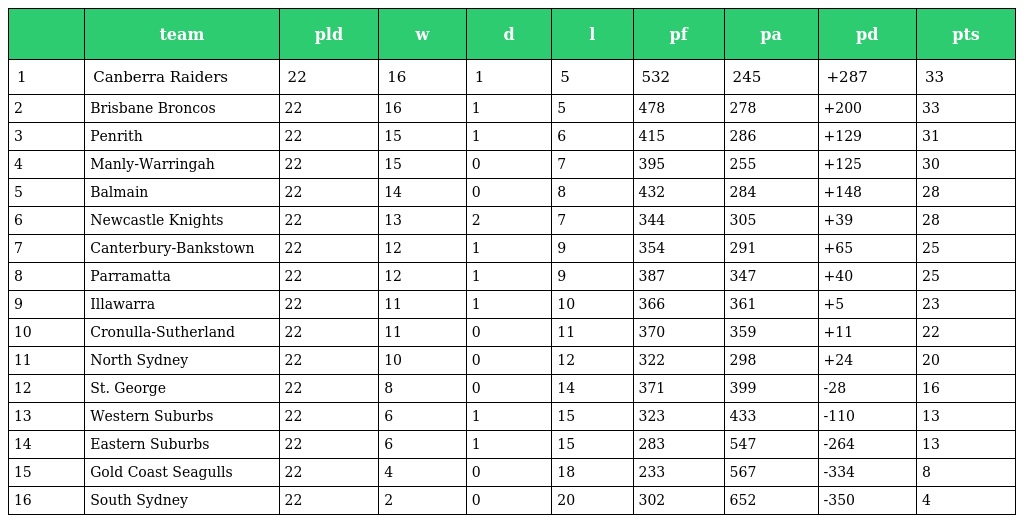
|  | team | pld | w | d | l | pf | pa | pd | pts |
 | --- | --- | --- | --- | --- | --- | --- | --- | --- | --- |
 | 1 | Canberra Raiders | 22 | 16 | 1 | 5 | 532 | 245 | +287 | 33 |
 | 2 | Brisbane Broncos | 22 | 16 | 1 | 5 | 478 | 278 | +200 | 33 |
 | 3 | Penrith | 22 | 15 | 1 | 6 | 415 | 286 | +129 | 31 |
 | 4 | Manly-Warringah | 22 | 15 | 0 | 7 | 395 | 255 | +125 | 30 |
 | 5 | Balmain | 22 | 14 | 0 | 8 | 432 | 284 | +148 | 28 |
 | 6 | Newcastle Knights | 22 | 13 | 2 | 7 | 344 | 305 | +39 | 28 |
 | 7 | Canterbury-Bankstown | 22 | 12 | 1 | 9 | 354 | 291 | +65 | 25 |
 | 8 | Parramatta | 22 | 12 | 1 | 9 | 387 | 347 | +40 | 25 |
 | 9 | Illawarra | 22 | 11 | 1 | 10 | 366 | 361 | +5 | 23 |
 | 10 | Cronulla-Sutherland | 22 | 11 | 0 | 11 | 370 | 359 | +11 | 22 |
 | 11 | North Sydney | 22 | 10 | 0 | 12 | 322 | 298 | +24 | 20 |
 | 12 | St. George | 22 | 8 | 0 | 14 | 371 | 399 | -28 | 16 |
 | 13 | Western Suburbs | 22 | 6 | 1 | 15 | 323 | 433 | -110 | 13 |
 | 14 | Eastern Suburbs | 22 | 6 | 1 | 15 | 283 | 547 | -264 | 13 |
 | 15 | Gold Coast Seagulls | 22 | 4 | 0 | 18 | 233 | 567 | -334 | 8 |
 | 16 | South Sydney | 22 | 2 | 0 | 20 | 302 | 652 | -350 | 4 |